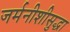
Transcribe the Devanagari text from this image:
जर्मनीशीसुद्धा